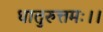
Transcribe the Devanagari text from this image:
धातुरुत्तमः।।